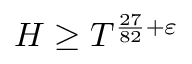
H \geq T ^ { { \frac { 2 7 } { 8 2 } } + \varepsilon }